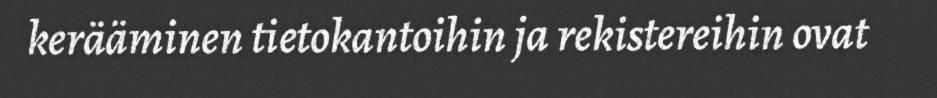
kerääminen tietokantoihin ja rekistereihin ovat